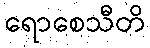
ရောစေသီတိ